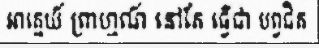
អាគ្នេយ៍ ព្រាហ្មណ៍ នៅតែ ធ្វើជា បព្វជិត